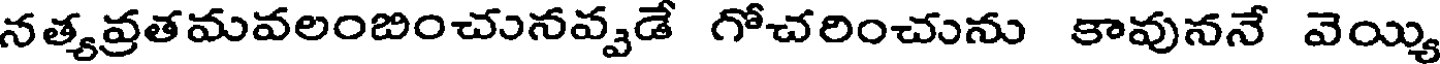
నత్యవ్రతమవలంబించునవ్వడే గోచరించును కావుననే వెయ్యి